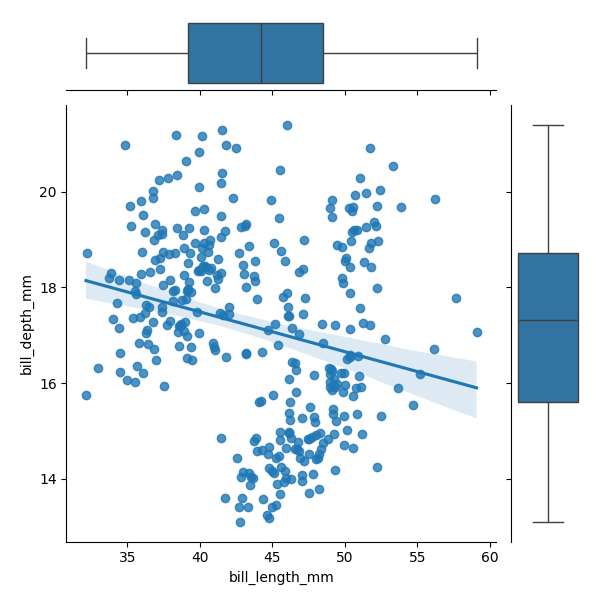
python, seaborn, JointGrid, regplot, boxplot